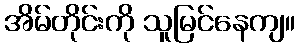
အိမ်တိုင်းကို သူမြင်နေကျ။